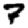
Digit: 7